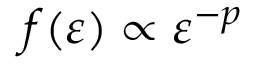
f ( \varepsilon ) \propto \varepsilon ^ { - p }